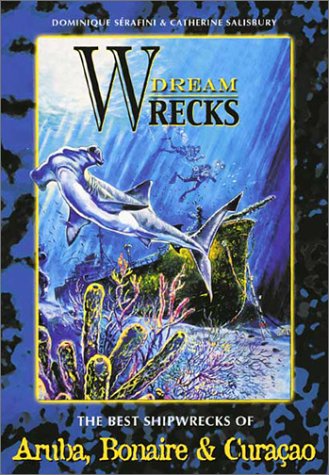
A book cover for Dreamwrecks of the World: The Best Shipwrecks of Aruba, Bonaire & CuraÃ§ao; Catherine Salisbury; Sports & Outdoors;